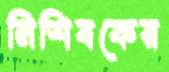
নিশিবকের